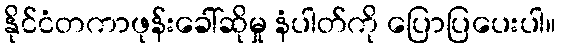
နိုင်ငံတကာဖုန်းခေါ်ဆိုမှု နံပါတ်ကို ပြောပြပေးပါ။